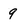
Character: 9